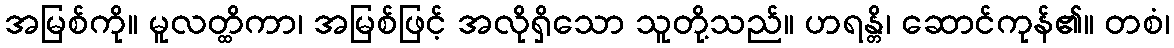
အမြစ်ကို။ မူလတ္ထိကာ၊ အမြစ်ဖြင့် အလိုရှိသော သူတို့သည်။ ဟရန္တိ၊ ဆောင်ကုန်၏။ တစံ၊